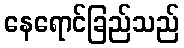
နေရောင်ခြည်သည်